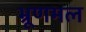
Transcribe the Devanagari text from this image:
भ्रूणमल